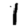
Digit: 1